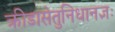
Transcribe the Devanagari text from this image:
क्रीडासेतुनिधानज्ञः